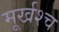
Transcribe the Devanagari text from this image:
मूर्खश्च